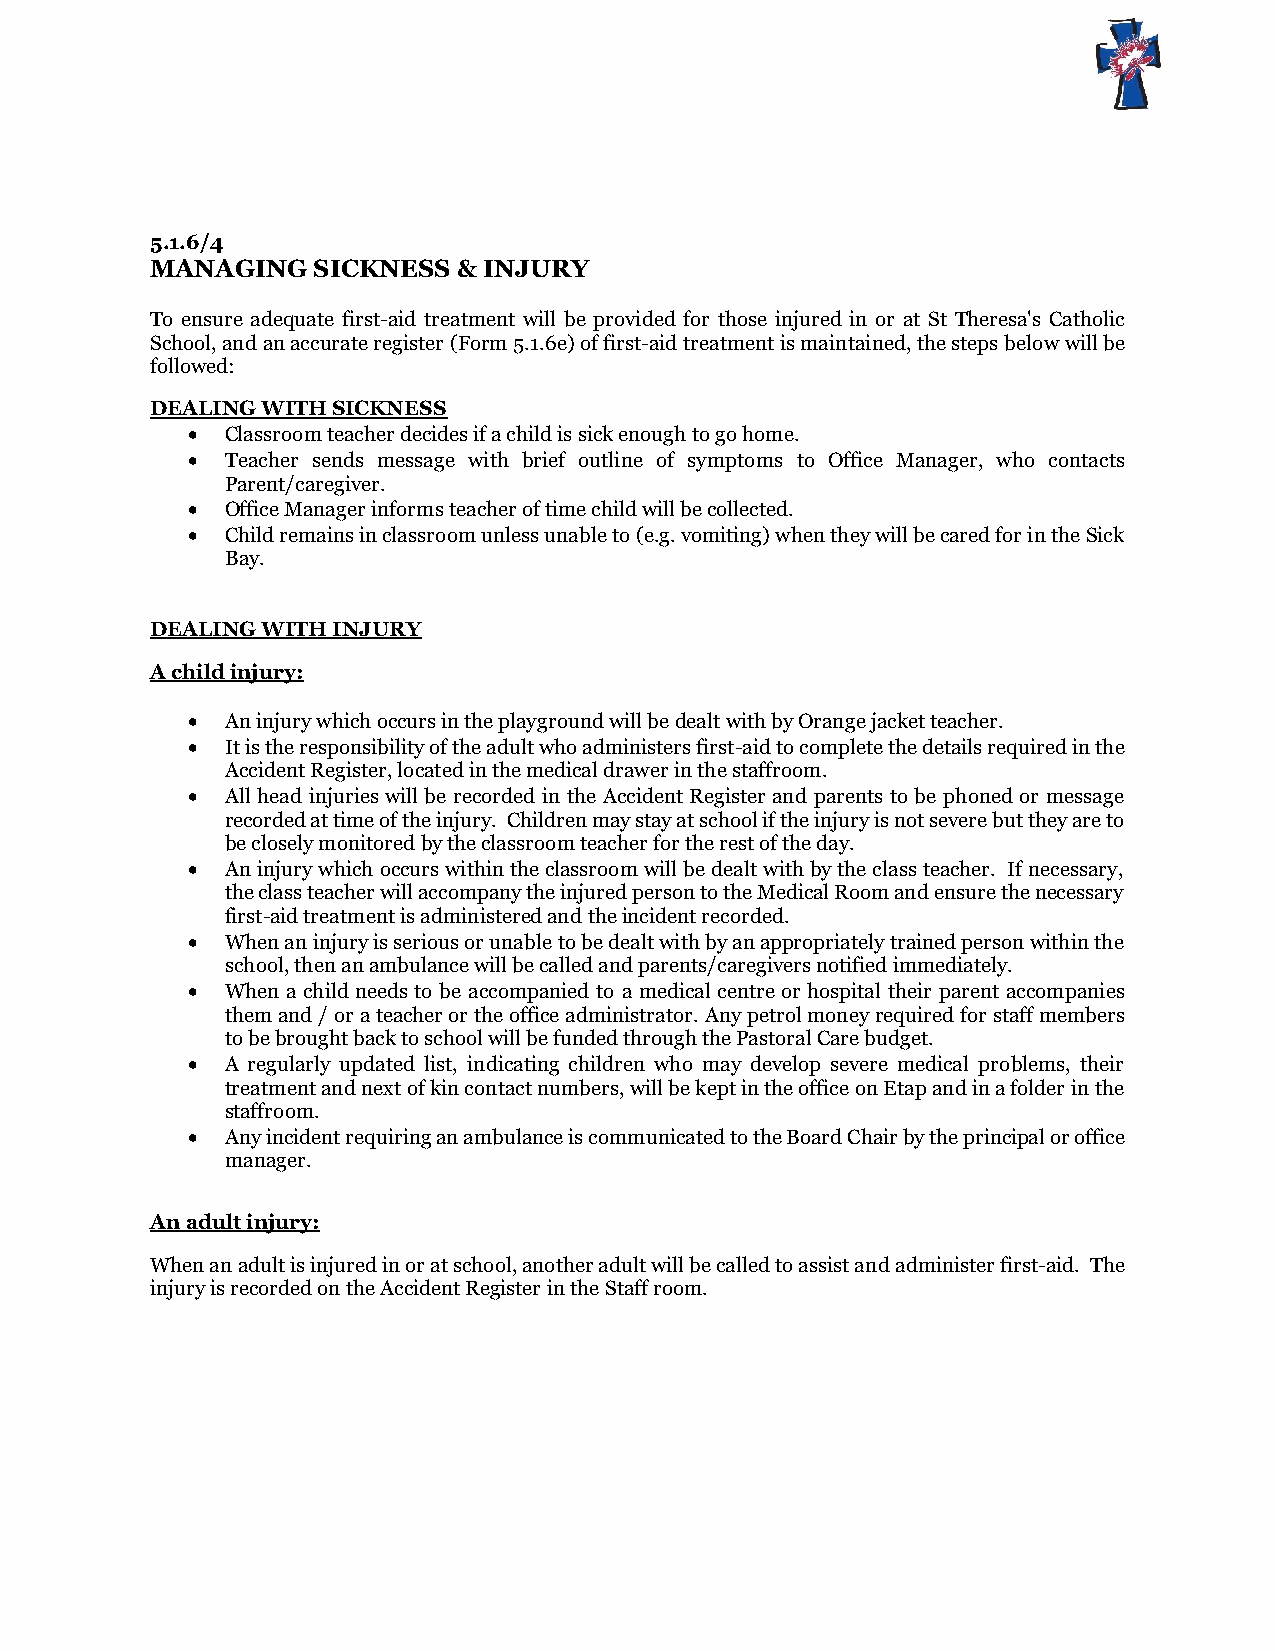
5.1.6/4
 MANAGING   SICKNESS & INJURY
 To ensure adequate first-aid treatment will be provided for those injured in or at St Theresa's Catholic
 School, and an accurate register (Form 5.1.6e) of first-aid treatment is maintained, the steps below will be
 followed:
 DEALING WITH SICKNESS
   Classroom teacher decides if a child is sick enough to go home.
   Teacher sends message with brief outline of symptoms to Office Manager, who contacts
 Parent/caregiver.
   Office Manager informs teacher of time child will be collected.
   Child remains in classroom unless unable to (e.g. vomiting) when they will be cared for in the Sick
 Bay.
 DEALING WITH INJURY
 A child injury:
   An injury which occurs in the playground will be dealt with by Orange jacket teacher.
   It is the responsibility of the adult who administers first-aid to complete the details required in the
 Accident Register, located in the medical drawer in the staffroom.
   All head injuries will be recorded in the Accident Register and parents to be phoned or message
 recorded at time of the injury. Children may stay at school if the injury is not severe but they are to
 be closely monitored by the classroom teacher for the rest of the day.
   An injury which occurs within the classroom will be dealt with by the class teacher. If necessary,
 the class teacher will accompany the injured person to the Medical Room and ensure the necessary
 first-aid treatment is administered and the incident recorded.
   When an injury is serious or unable to be dealt with by an appropriately trained person within the
 school, then an ambulance will be called and parents/caregivers notified immediately.
   When a child needs to be accompanied to a medical centre or hospital their parent accompanies
 them and / or a teacher or the office administrator. Any petrol money required for staff members
 to be brought back to school will be funded through the Pastoral Care budget.
   A regularly updated list, indicating children who may develop severe medical problems, their
 treatment and next of kin contact numbers, will be kept in the office on Etap and in a folder in the
 staffroom.
   Any incident requiring an ambulance is communicated to the Board Chair by the principal or office
 manager.
 An adult injury:
 When an adult is injured in or at school, another adult will be called to assist and administer first-aid. The
 injury is recorded on the Accident Register in the Staff room.